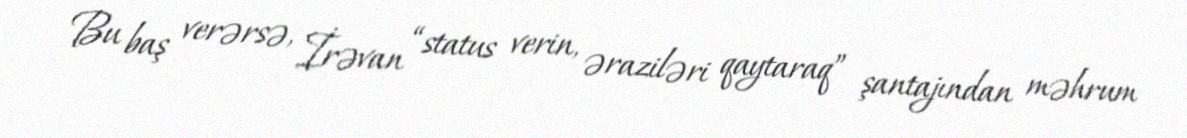
Bu baş verərsə, İrəvan “status verin, əraziləri qaytaraq” şantajından məhrum